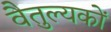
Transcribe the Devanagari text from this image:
वैतुल्यकों